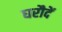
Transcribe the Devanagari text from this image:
घरौदें